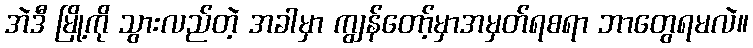
အဲဒီ မြို့ကို သွားလည်တဲ့ အခါမှာ ကျွန်တော့်မှာအမှတ်ရစရာ ဘာတွေရမလဲ။